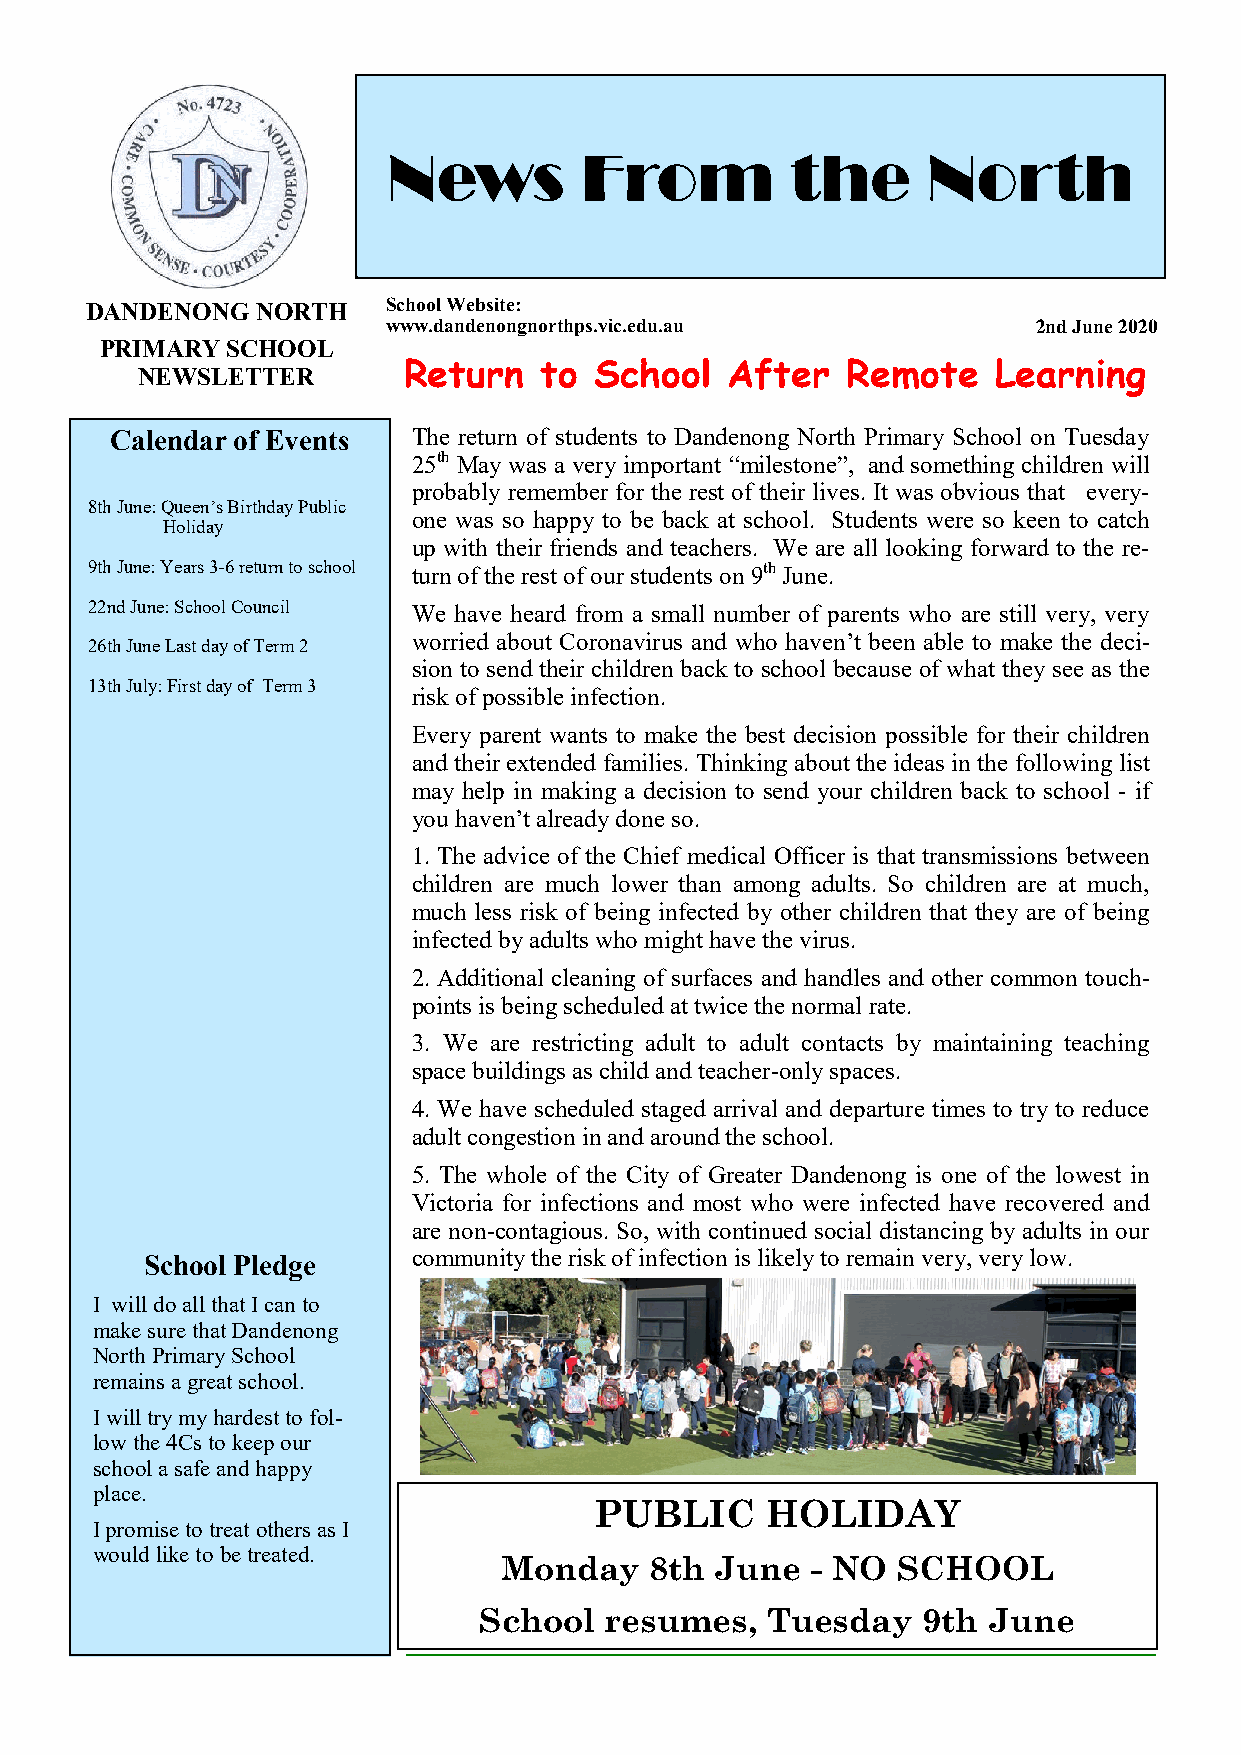
News        From          the      North
 DANDENONG  NORTH    School Website:
 www.dandenongnorthps.vic.edu.au            2nd June 2020
 PRIMARY SCHOOL
 NEWSLETTER        Return   to School   After   Remote    Learning
 Calendar of Events  The return of students to Dandenong North Primary School on Tuesday
 25th May was a very important “milestone”, and something children will
 probably remember for the rest of their lives. It was obvious that every-
 8th June: Queen’s Birthday Public
 one was so happy to be back at school. Students were so keen to catch
 Holiday
 up with their friends and teachers. We are all looking forward to the re-
 9th June: Years 3-6 return to school turn of the rest of our students on 9th June.
 22nd June: School Council We have heard from a small number of parents who are still very, very
 worried about Coronavirus and who haven’t been able to make the deci-
 26th June Last day of Term 2
 sion to send their children back to school because of what they see as the
 13th July: First day of Term 3
 risk of possible infection.
 Every parent wants to make the best decision possible for their children
 and their extended families. Thinking about the ideas in the following list
 may help in making a decision to send your children back to school - if
 you haven’t already done so.
 1. The advice of the Chief medical Officer is that transmissions between
 children are much lower than among adults. So children are at much,
 much less risk of being infected by other children that they are of being
 infected by adults who might have the virus.
 2. Additional cleaning of surfaces and handles and other common touch-
 points is being scheduled at twice the normal rate.
 3. We are restricting adult to adult contacts by maintaining teaching
 space buildings as child and teacher-only spaces.
 4. We have scheduled staged arrival and departure times to try to reduce
 adult congestion in and around the school.
 5. The whole of the City of Greater Dandenong is one of the lowest in
 Victoria for infections and most who were infected have recovered and
 are non-contagious. So, with continued social distancing by adults in our
 School Pledge    community the risk of infection is likely to remain very, very low.
 I will do all that I can to
 make sure that Dandenong
 North Primary School
 remains a great school.
 I will try my hardest to fol-
 low the 4Cs to keep our
 school a safe and happy
 place.
 PUBLIC      HOLIDAY
 I promise to treat others as I
 would like to be treated.
 Monday    8th June   - NO SCHOOL
 School  resumes,   Tuesday   9th June